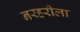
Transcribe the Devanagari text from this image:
नरहरीला